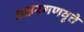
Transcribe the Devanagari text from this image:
अक्षरगणवृत्ते